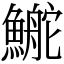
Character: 鿳